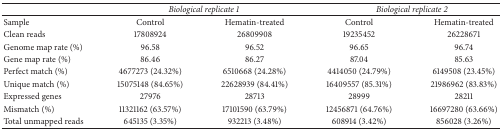
|  | <COLSPAN=2> Biological replicate 1 | <COLSPAN=2> Biological replicate 2 |
 | --- | --- | --- | --- | --- |
 | Sample | Control | Hematin-treated | Control | Hematin-treated |
 | Clean reads | 17808924 | 26809908 | 19235452 | 26228671 |
 | Genome map rate (%) | 96.58 | 96.52 | 96.65 | 96.74 |
 | Gene map rate (%) | 86.46 | 86.27 | 87.04 | 85.63 |
 | Perfect match (%) | 4677273 (24.32%) | 6510668 (24.28%) | 4414050 (24.79%) | 6149508 (23.45%) |
 | Unique match (%) | 15075148 (84.65%) | 22628939 (84.41%) | 16409557 (85.31%) | 21986962 (83.83%) |
 | Expressed genes | 27976 | 28713 | 28999 | 28211 |
 | Mismatch (%) | 11321162 (63.57%) | 17101590 (63.79%) | 12456871 (64.76%) | 16697280 (63.66%) |
 | Total unmapped reads | 645135 (3.35%) | 932213 (3.48%) | 608914 (3.42%) | 856028 (3.26%) |